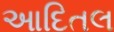
આદિતલ